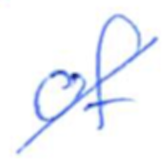
Text: of
Cross-out: diagonal
Writing tool: ballpoint